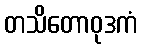
တသိတောဝုဒကံ